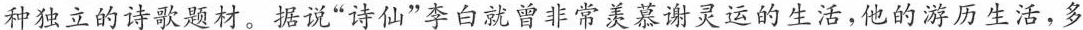
种独立的诗歌题材。据说”诗仙”李白就曾非常羡慕谢灵运的生活，他的游历生活，多